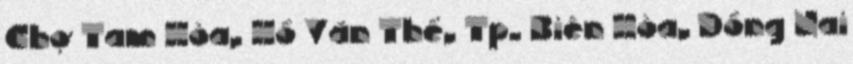
Chợ Tam Hòa, Hồ Văn Thể, Tp. Biên Hòa, Đồng Nai